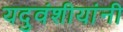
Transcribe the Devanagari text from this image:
यदुवंशीयांनी